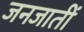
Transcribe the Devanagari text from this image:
जनजातीं